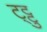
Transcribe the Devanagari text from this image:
ट्ट्टु